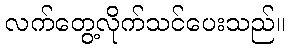
လက်တွေ့လိုက်သင်ပေးသည်။